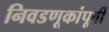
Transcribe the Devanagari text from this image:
निवडणूकांपूर्वी